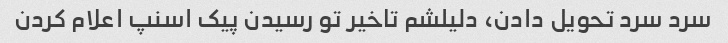
سرد سرد تحویل دادن، دلیلشم تاخیر تو رسیدن پیک اسنپ اعلام کردن